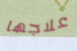
علاجها